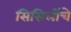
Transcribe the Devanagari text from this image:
सिसिलींचे